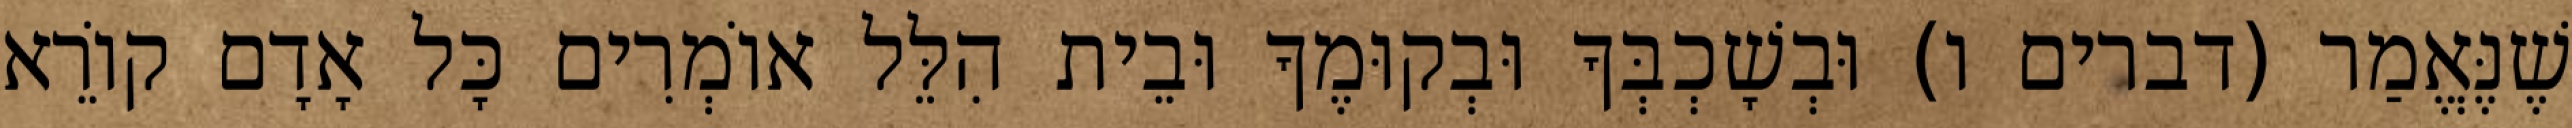
שֶׁנֶּאֱמַר (דברים ו) וּבְשָׁכְבְּךָ וּבְקוּמֶךָ וּבֵית הִלֵּל אוֹמְרִים כָּל אָדָם קוֹרֵא